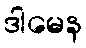
ဒါမေန